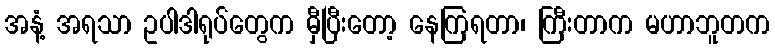
အနံ့ အရသာ ဥပါဒါရုပ်တွေက မှီပြီးတော့ နေကြရတာ၊ ကြီးတာက မဟာဘူတက